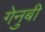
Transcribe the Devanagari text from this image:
गेनुबी